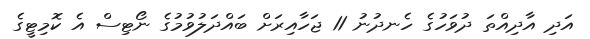
އަދި އާދިއްތަ ދުވަހުގެ ހެނދުނު 11 ޖަހާއިރަށް ބައްދަލުވުމުގެ ނޯޓިސް އެ ކޮމިޓީގެ